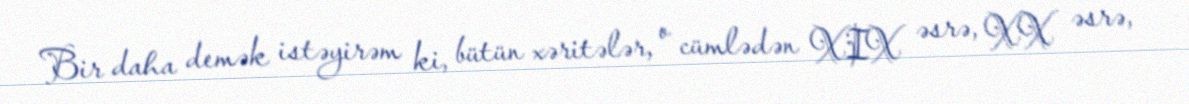
Bir daha demək istəyirəm ki, bütün xəritələr, o cümlədən XIX əsrə, XX əsrə,